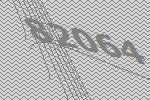
82064